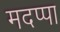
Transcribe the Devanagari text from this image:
मदप्पा